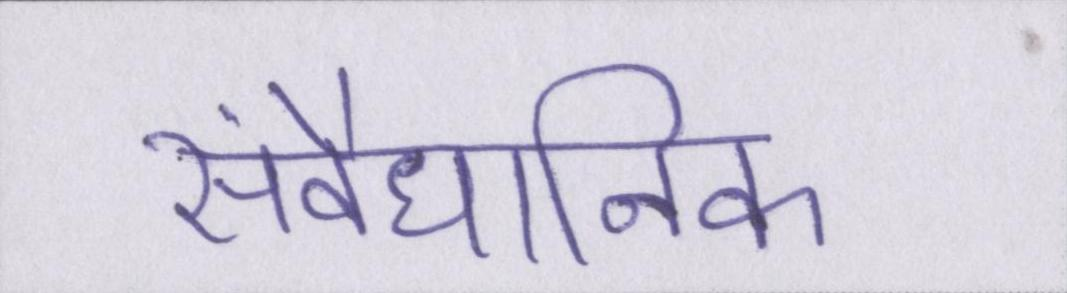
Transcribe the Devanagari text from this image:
संवैधानिक